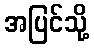
အပြင်သို့